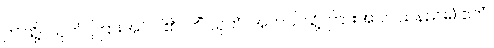
ဤသို့။ သုတံ၊ ကြားအပ်ပါ၏။ ကိံ သုတံ၊ အဘယ်သို့ ကြားအပ်ပါသနည်း။) ဧကံ၊